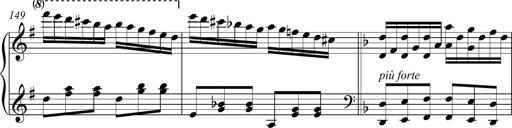
Title: Piano Sonatina in A major
Composer: Z Q Sysmoebius
Key: A major